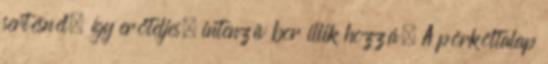
sertésnél, így erőteljes, intenzív bor illik hozzá. A pörköltalap